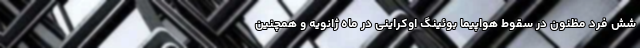
شش فرد مظنون در سقوط هواپیما بوئینگ اوکراینی در ماه ژانویه و همچنین